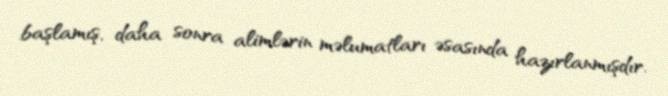
başlamış, daha sonra alimlərin məlumatları əsasında hazırlanmışdır.